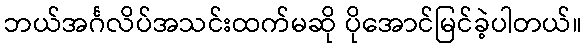
ဘယ်အင်္ဂလိပ်အသင်းထက်မဆို ပိုအောင်မြင်ခဲ့ပါတယ်။